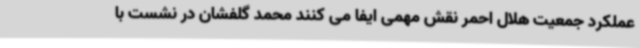
عملکرد جمعیت هلال احمر نقش مهمی ایفا می کنند محمد گلفشان در نشست با